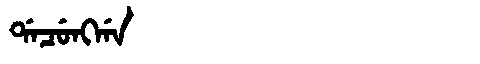
Manchu: ᡩᠠᠴᡠᠩᡤᠠ
Romanization: DACUNGGA